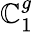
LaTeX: \mathbb{C}_{1}^{g}